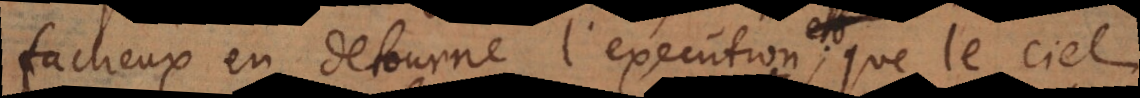
facheux en detourne l’execution; que le ciel